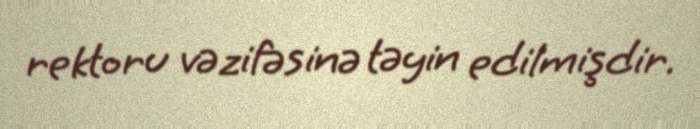
rektoru vəzifəsinə təyin edilmişdir.